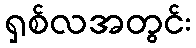
ရှစ်လအတွင်း